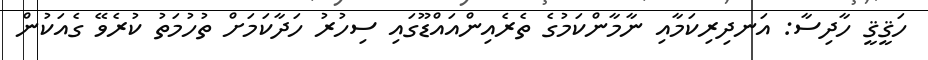
ހަޤީޤީ ހާދިސާ: އަނދިރިކަމާއި ނާމާންކަމުގެ ތެރެއިންއައްޑޫގައި ސިހުރު ހަދާކަމަށް ތުހުމަތު ކުރެވޭ ގެއަކުން